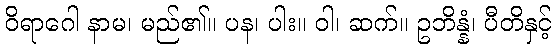
ဝိရာဂေါ နာမ၊ မည်၏။ ပန၊ ပါး။ ဝါ၊ ဆက်။ ဥဘိန္နံ၊ ပီတိနှင့်